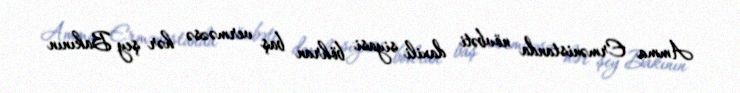
Amma Ermənistanda növbəti daxili siyasi böhran baş verməzsə hər şey Bakının